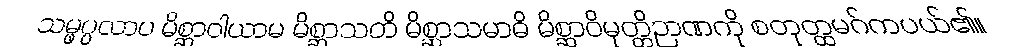
သမ္ဖပ္ပလာပ မိစ္ဆာဝါယာမ မိစ္ဆာသတိ မိစ္ဆာသမာဓိ မိစ္ဆာဝိမုတ္တိဉာဏကို စတုတ္ထမဂ်ကပယ်၏။